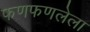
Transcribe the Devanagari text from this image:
फणफणलेला